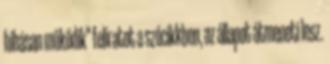
hibásan működik" feliratot a szócikkben, az állapot átmeneti lesz.